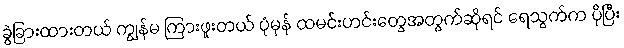
ခွဲခြားထားတယ် ကျွန်မ ကြားဖူးတယ် ပုံမှန် ထမင်းဟင်းတွေအတွက်ဆိုရင် ရေသွက်က ပိုပြီး